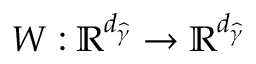
W : \mathbb { R } ^ { d _ { \widehat { \gamma } } } \rightarrow \mathbb { R } ^ { d _ { \widehat { \gamma } } }